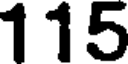
115